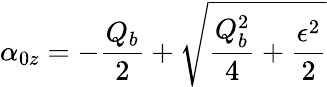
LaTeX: \alpha_{0z}=-\frac{Q_{b}}{2}+\sqrt{\frac{Q_{b}^{2}}{4}+\frac{\epsilon^{2}}{2}}